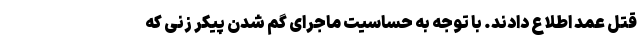
قتل عمد اطلاع دادند. با توجه به حساسیت ماجرای گم شدن پیکر زنی که